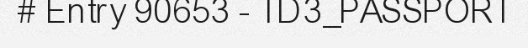
# Entry 90653 - TD3_PASSPORT